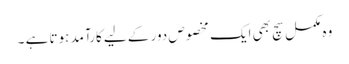
وہ مکمل سچ بھی ایک مخصوص دور کے لیے کارآمد ہوتا ہے ۔